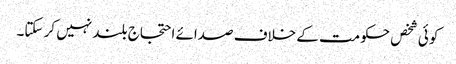
کو ئی شخص حکومت کے خلاف صدائے احتجاج بلند نہیں کر سکتا۔